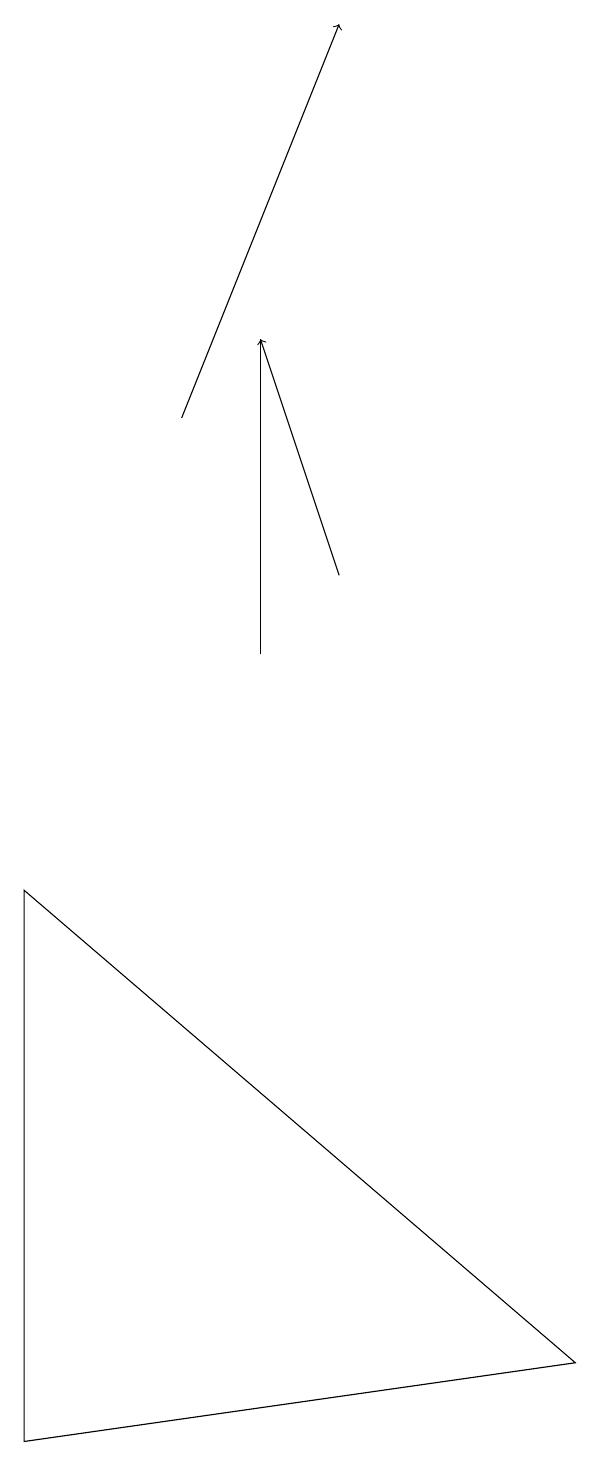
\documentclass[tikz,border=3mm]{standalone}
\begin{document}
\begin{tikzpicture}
\draw (5,14) rectangle (5,10);
\draw[->] (4,13) -- (6,18);
\draw (2,7) -- (9,1) -- (2,0) -- cycle;
\draw[->] (6,11) -- (5,14);
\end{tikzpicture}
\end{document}